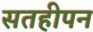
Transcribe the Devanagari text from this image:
सतहीपन